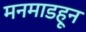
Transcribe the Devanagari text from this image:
मनमाडहून